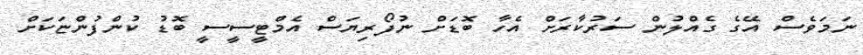
ނަމަވެސް އޭގެ ގެއްލުން ސަރުކާރަށް އެހާ ބޮޑަށް ނުފޯރިޔަސް އެމްޓީސީސީ ބޮޑު ކުންފުންޏަކަށް